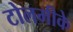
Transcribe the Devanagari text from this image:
टोलमीके